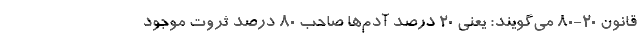
قانون ۲۰-۸۰ می‌گویند: یعنی ۲۰ درصد آدم‌ها صاحب ۸۰ درصد ثروت موجود